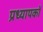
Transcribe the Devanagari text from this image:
प्रध्यापकों